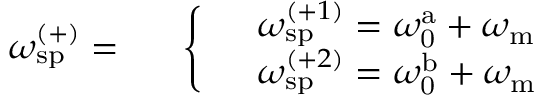
\omega _ { \mathrm { s p } } ^ { ( + ) } = \begin{array} { r l } & { \left\{ \begin{array} { l l } & { \omega _ { \mathrm { s p } } ^ { ( + 1 ) } = \omega _ { \mathrm { 0 } } ^ { \mathrm { a } } + \omega _ { \mathrm { m } } } \\ & { \omega _ { \mathrm { s p } } ^ { ( + 2 ) } = \omega _ { \mathrm { 0 } } ^ { \mathrm { b } } + \omega _ { \mathrm { m } } } \end{array} \right. } \end{array}